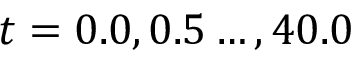
t = 0 . 0 , 0 . 5 \ldots , 4 0 . 0